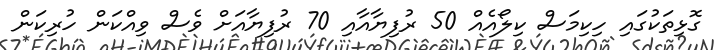
ގޮޅިތަކުގައި ހިކިމަސް ކިލޯއެއް 50 ރުފިޔާއާއި 70 ރުފިޔާއަށް ވެސް ވިއްކަން ހުރިކަން